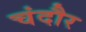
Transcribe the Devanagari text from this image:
चंदौर